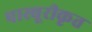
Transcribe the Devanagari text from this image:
पास्चूरीकृत